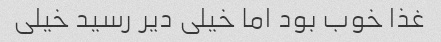
غذا خوب بود اما خیلی دیر رسید خیلی